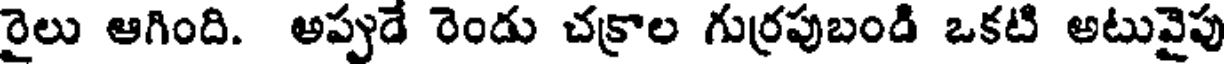
రైలు ఆగింది. అప్పుడే రెండు చక్రాల గుర్రపుబండి ఒకటి అటువైపు